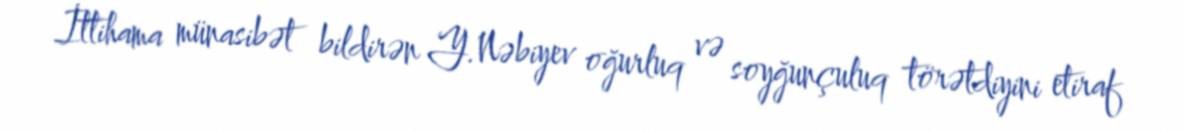
İttihama münasibət bildirən Y.Nəbiyev oğurluq və soyğunçuluq törətdiyini etiraf